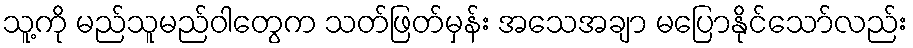
သူ့ကို မည်သူမည်ဝါတွေက သတ်ဖြတ်မှန်း အသေအချာ မပြောနိုင်သော်လည်း